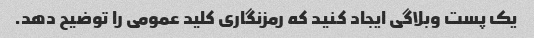
یک پست وبلاگی ایجاد کنید که رمزنگاری کلید عمومی را توضیح دهد.